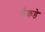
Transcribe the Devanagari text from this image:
सैकडे